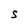
Character: S